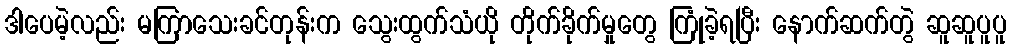
ဒါပေမဲ့လည်း မကြာသေးခင်တုန်းက သွေးထွက်သံယို တိုက်ခိုက်မှုတွေ ကြုံခဲ့ရပြီး နောက်ဆက်တွဲ ဆူဆူပူပူ